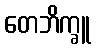
တေဘိက္ခူ